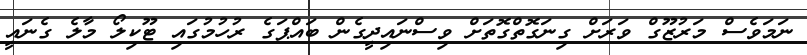
ނަމަވެސް މަރުޒޫގް ވަރަށް ގިނަގޮތްގޮތަށް ވިސްނައިދީގެން ބައްޕަގެ ރުހުމުގައި ޓޫކިލޯ މާލެ ގެނައީ